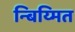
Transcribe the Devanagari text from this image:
न्बिय्मित